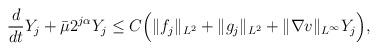
LaTeX: \begin{align*}\begin{aligned} \frac{d}{dt}Y_j+\bar{\mu} 2^{j\alpha}Y_j\le C\Big(\Vert f_j\Vert_{L^2} + \Vert g_j\Vert_{L^2}+\Vert \nabla v\Vert_{L^{\infty}}Y_j\Big),\end{aligned}\end{align*}